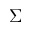
\Sigma